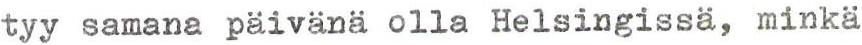
tyy samana päivänä olla Helsingissä, minkä